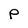
Character: p